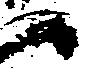
候